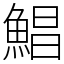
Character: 鯧